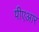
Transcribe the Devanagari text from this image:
पीएआर